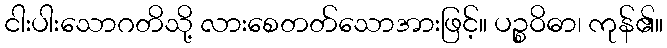
ငါးပါးသောဂတိသို့ လားစေတတ်သောအားဖြင့်။ ပဉ္စဝိဓာ၊ ကုန်၏။